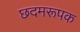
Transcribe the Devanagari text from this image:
छदमरूपक